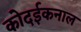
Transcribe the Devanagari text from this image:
कोदईकनाल